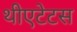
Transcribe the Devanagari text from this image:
थीएटेटस